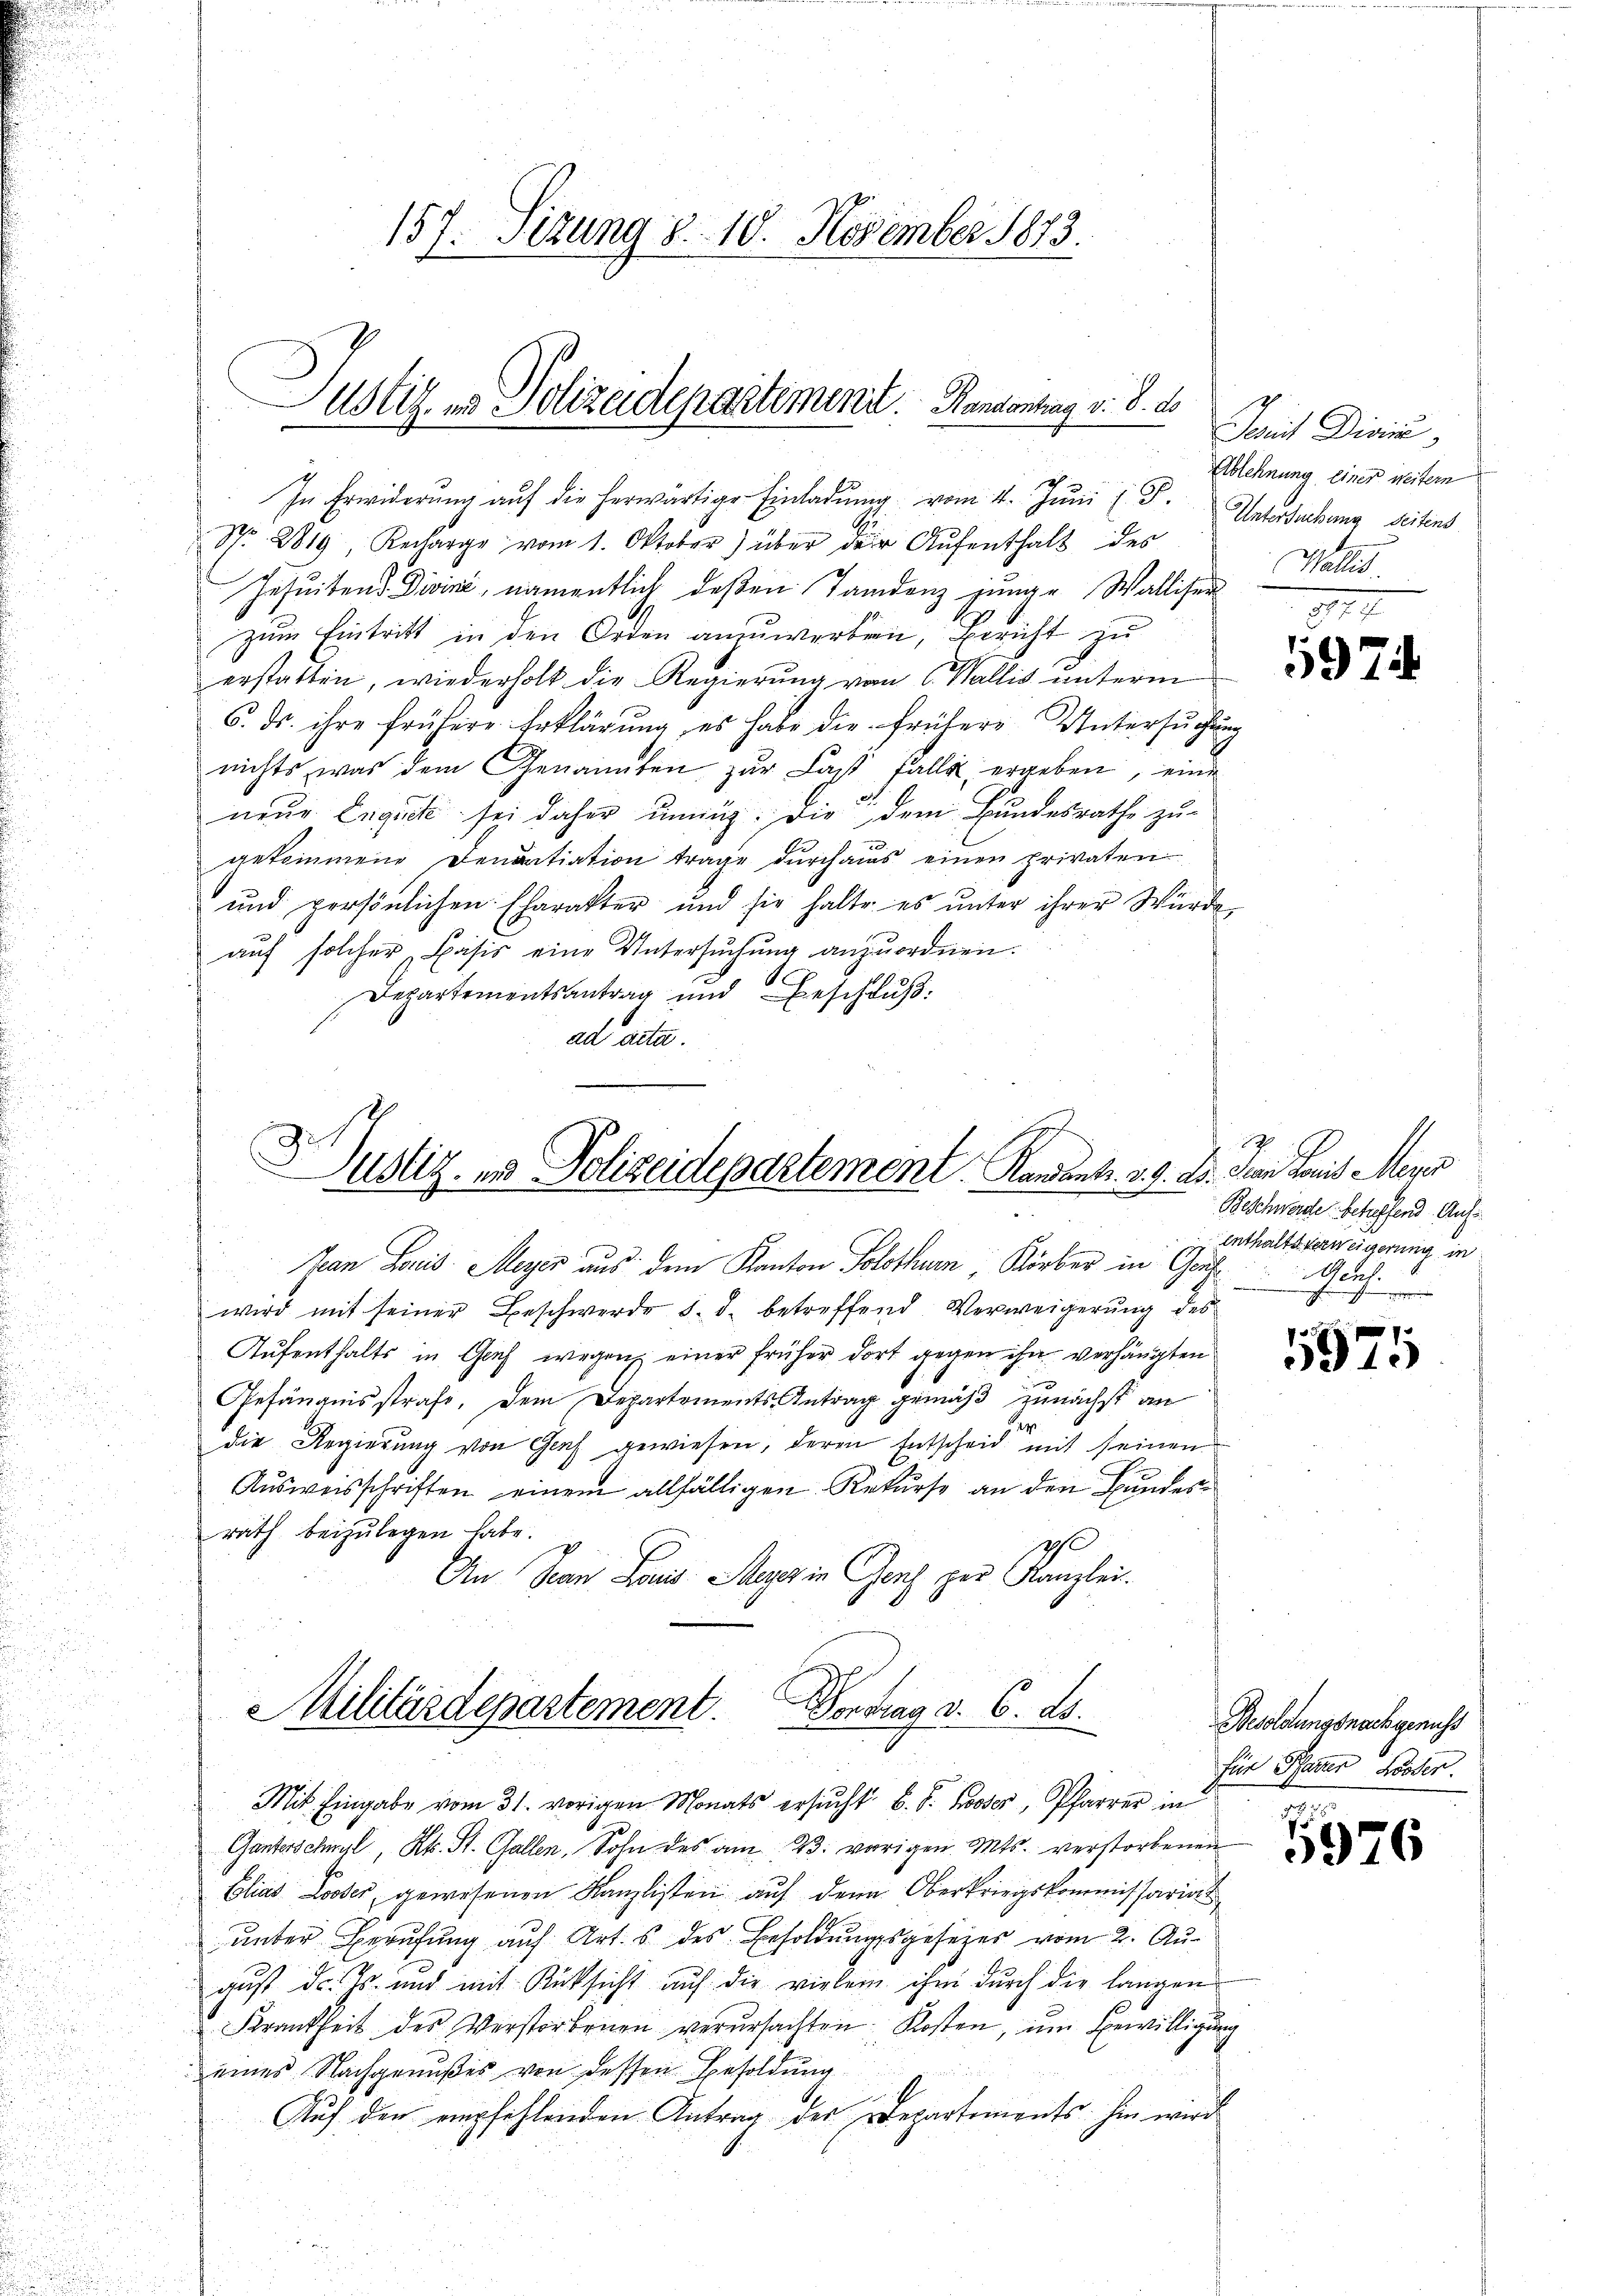
In Erwiderŭng aŭf die herwärtige Einladŭng vom 4. Jŭni (T. Untersuchung seitens
Nr. 2819, Recharge vom 1. Oktober) über der Aŭfenthalt des
Jesuitend Divisé, namentlich deßen Tandenz junge Walliser
zum Eintritt in den Orden anzuwerben, Bericht zu
erstatten, wiederholt die Regierung von Wallis unterm
6. ds. ihre frühere Erklärŭng, es habe die frühere Untersŭchŭng
nichts, was dem Genannten zur Last falle ergeben, eine
neŭe Engick sei daher ŭnnig. Die dem Bundesrathe zu
gekommene Denuntiation trage durchaus einen privaten
und persönlichen Charakter und sie halte es ŭnter ihrer Würde
auf solcher Basis eine Untersuchung anzuordnen.
Departementsantrag und Beschluß:
ad acta.

157. Sizung 8. 10. November 1873.
Justiz- & Polizeidepartement. Handentrag v. 8. d.
e

Justiz- und Polizeidepartement. Kandant. v. 9. ds.

an Louis Meyer aus dem Kanton Solothurn Körber in Gruss
.
wird mit seiner Beschwerde d. d. betreffend Verweigerung des
Aufenthalts in Genf wegen, einer früher dort gegen ihn verhängten
Gefängnisstrafe, dem Departements Antrag gemäß zunächst an
die Regierung von Genf gewiesen, deren Entscheid mit seinen
Ausweisschriften einem allfälligen Rekurse an den Bundes
rath beizulegen habe.
An Jean Paris Meyer in Genf zur Kanzlei.

Militärdepartement. Vortrag d. 6. ds.

Mit Eingabe vom 31. vorigen Monats ersŭcht B. S. Koser, Pfarrer in
Ganterschwyl, Kt. St. Gallen, Sohn des am 23. vorigen. Mts. verstorbenen
Elias Looser, gewesenen Kanzlisten auf den Oberkriegskommissariat
ŭnter Berufung auf Art. 5 des Besoldŭngsgesezes vom 2. Au
gust d. Js. und mit Rücksicht auf die vielei ihm durch die langen
Krankheit des Verstorbenen verŭrsachten Kosten, ŭm Bewilligŭng
s
eines Nachgenußes von dessen Besoldung
Auf den empfehlenden Antrag der Departements hin wird

Paris Divi
Ablehnung einer weitern
Wallis.

1974

Jean Paris Mar
Beschwerde betreffend Aufenthaltsverweigerung in
ath.
i

1
5910

Besoldungsnach genuss
für Pfarrer Koster.
d

5976